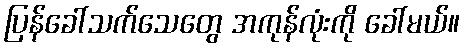
ပြန်ခေါ်သက်သေတွေ အကုန်လုံးကို ခေါ်မယ်။